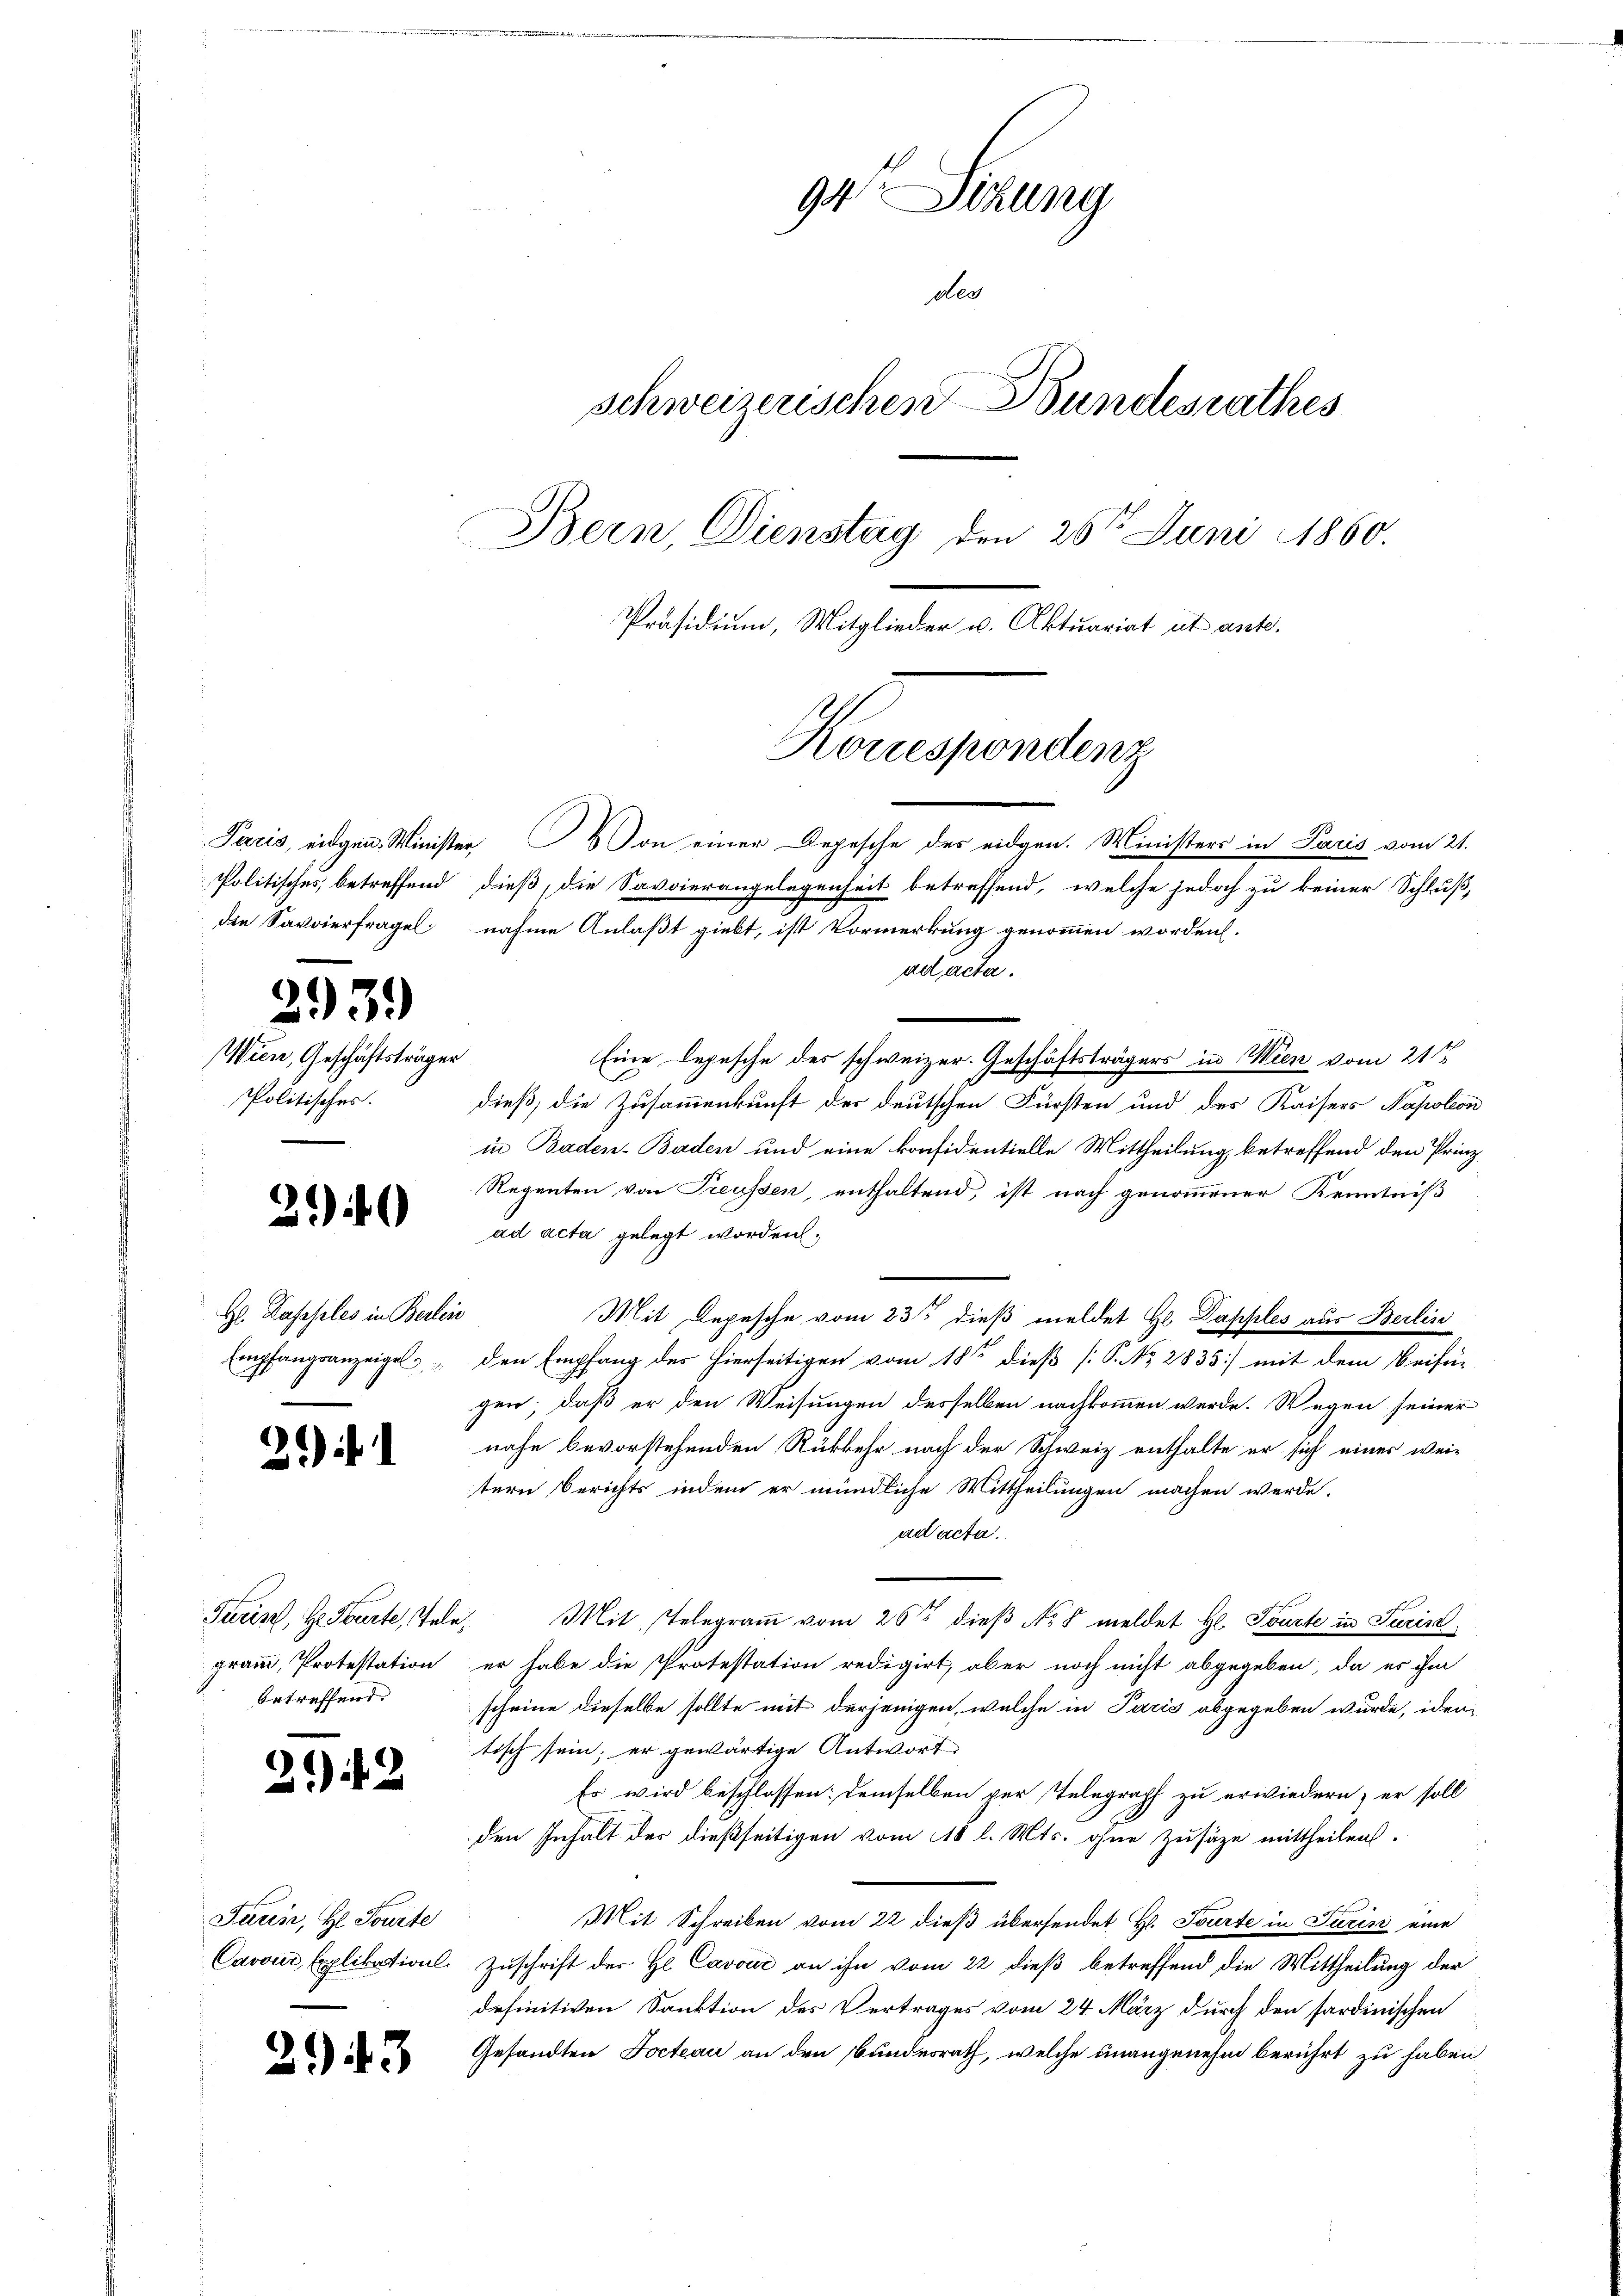
3.)

21

3.

939

Wien, Geschäftsträger
Politisches.

)

H. Daseples in Berlei
Empfangsanzeigel

¬

3

Turin, H. Parte, Tele,
betreffend.

Paris, eidgen. Minister Von einer Depesche des eidgen. Ministers in Pacis vom 21.
Politisches, betreffend dieß, die Savvierangelegenheit betreffend, welche jedoch zu keiner Schluß,
ad acta.
Eine Depesche des schweizer. Geschäftsträgers in Wien vom 21 ten
dieß, die Zusammenkunft der deutschen Fürsten und des Kaisers Napoleon
in Baden-Baden und eine konsidentielle Mittheilung, betreffend den Prinz
Regenten von Treussen, enthaltend, ist nach genommener Kenntniß
ad acta gelegt worden.
Mit Depesche vom 23ste dieß meldet Hl Dapples aus Berlin
den Empfang des hierseitigen vom 18ten dieß [P. No. 2833] mit dem Beifü-
gen; daß er den Weisungen desselben nachkommen werde. Wegen seiner
nahe bevorstehenden Rükkehr nach der Schweiz enthalte er sich einer wei-
tern Berichts indem er mündliche Mittheilungen machen werde.
ad acta.
Mit stelegram vom 26t dieβ Nr. 8 meldet H. Tourte in Turin
gramm, Protestation er habe die Protestation redigirt, aber noch nicht abgegeben, da es ihm
scheine dieselbe sollte mit derjenigen, welche in Paris abgegeben wurde, iden
tisch sein; er gewärtige Antwort
Es wird beschlossen; demselben per Telegraph zu erwiedern, er soll
den Inhalt des dießseitigen vom 110 l. Mts. ohne Zusäze mittheilen.
Mit Schreiben vom 22 dieß übersendet H. Tourte in Turin eine
Cavon Explikations Zuschrift der H Cavočić an ihn vom 22 dieß betreffend die Mittheilung der
definitiven Sanktion des Vertrages vom 24 März durch den sardinischen
Gesandten Docteau an den Bundesrath, welche unangenehm berührt zu haben

Fauir, H. Tourte

3

94 Sizung
des
schweizerischen Bundesrathes
Bern, Dienstag den 26t Juni 1860.
Präsidium, Mitglieder v. Aktuariat it ant

Konessenden

die Savoierfragel nahme Anlaßt giebt, ist Vormerkung genommen worden.